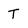
Character: T